Malaria in the Andamans - Number 56
Disease focus: Malaria
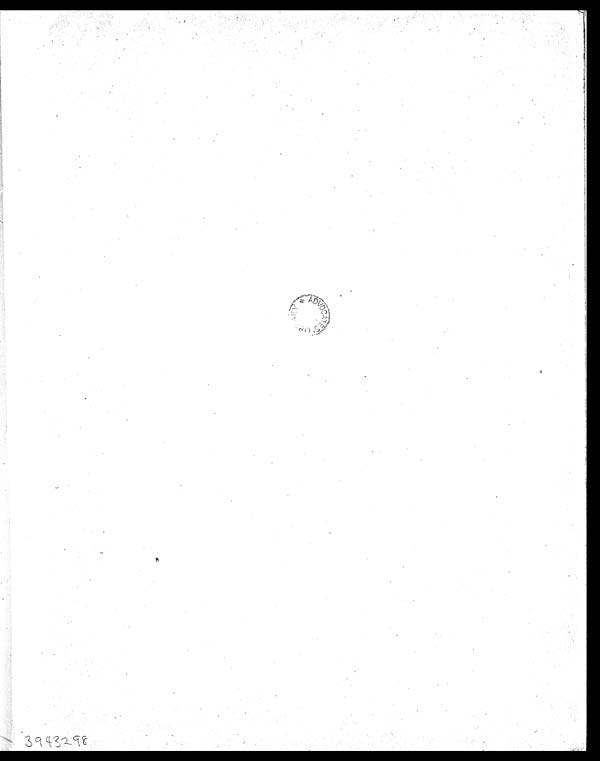
3 9 4 3 2 9 8